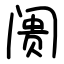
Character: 阓